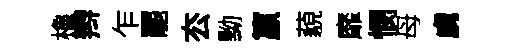
櫓辫乍罷厺黝籯藐靡憫母虜